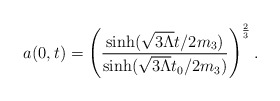
\begin{align*}a(0,t)=\left(\frac{\sinh(\sqrt{3\Lambda}t/2m_3)}{\sinh(\sqrt{3\Lambda}t_0/2m_3)}\right)^{\frac{2}{3}}.\end{align*}